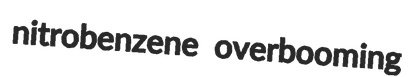
nitrobenzene overbooming